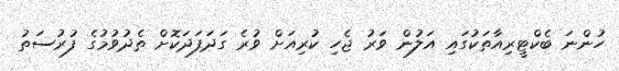
ހުންނަ ބެކްޓީރިއާތަކުގައި އަލުން ވަރު ޖެހި ކުރިއަށް ވުރެ ގަދަފަދަކޮށް ތެދުވުމުގެ ފުރުސަތު